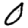
Digit: 0